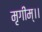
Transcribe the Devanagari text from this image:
मृगीम्।।